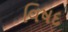
વિષદ